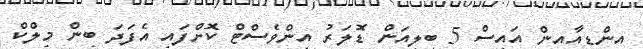
އިންޑިއާއިން އައިސް 5 ބިލިއަން ޑޮލަރު އިންވެސްޓް ކޮށްފައި އެފަދަ ބިން މިލްކް